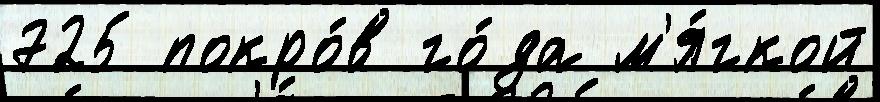
725 покро́в го́да м'я́гкой